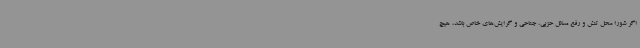
اگر شورا محل تنش و رفع مسائل حزبی، جناحی و گرایش‌های خاص باشد، هیچ